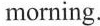
morning.